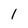
Character: 1